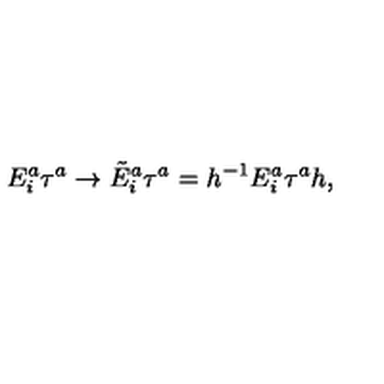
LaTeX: E _ { i } ^ { a } \tau ^ { a } \to \tilde { E } _ { i } ^ { a } \tau ^ { a } = h ^ { - 1 } E _ { i } ^ { a } \tau ^ { a } h ,